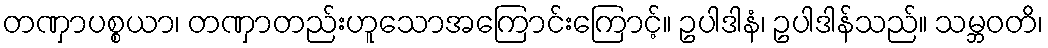
တဏှာပစ္စယာ၊ တဏှာတည်းဟူသောအကြောင်းကြောင့်။ ဥပါဒါနံ၊ ဥပါဒါန်သည်။ သမ္ဘဝတိ၊